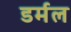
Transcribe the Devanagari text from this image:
डर्मल